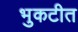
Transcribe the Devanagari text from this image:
भुकटीत